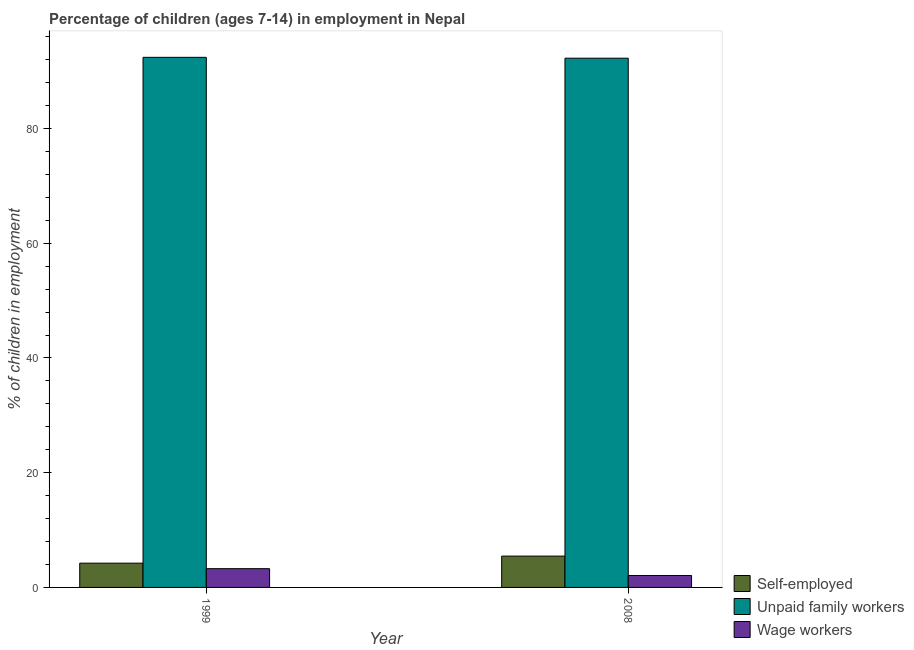
| Year | Self-employed | Unpaid family workers | Wage workers |
 | --- | --- | --- | --- |
 | 1999 | 4.23 | 92.4 | 3.27 |
 | 2008 | 5.46 | 92.3 | 2.08 |